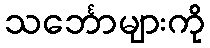
သင်္ဘောများကို